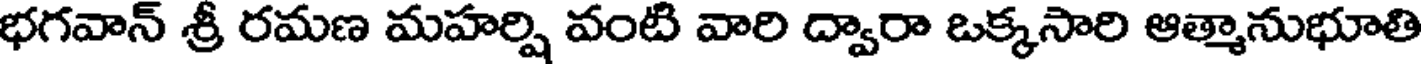
భగవాన్ శ్రీ రమణ మహర్షి వంటి వారి ద్వారా ఒక్కసారి ఆత్మానుభూతి